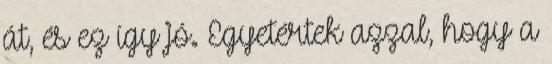
át, és ez így jó. Egyetértek azzal, hogy a